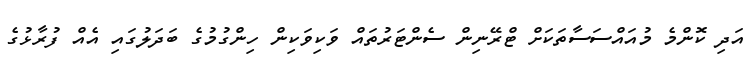
އަދި ކޮންމެ މުއައްސަސާތަކަށް ޓްރޭނިން ސެންޓަރުތައް ވަކިވަކިން ހިންގުމުގެ ބަދަލުގައި އެއް ފުރާޅުގެ